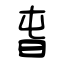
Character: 旾